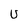
Character: U